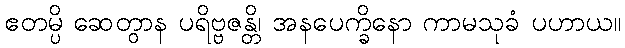
ဧတမ္ပိ ဆေတွာန ပရိဗ္ဗဇန္တိ၊ အနပေက္ခိနော ကာမသုခံ ပဟာယ။